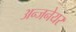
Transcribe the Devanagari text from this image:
अन्जनेयर